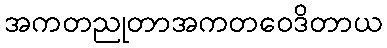
အကတညုတာအကတဝေဒိတာယ